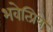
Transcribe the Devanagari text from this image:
भवेत्प्रिये